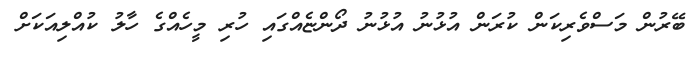
ބޭރުން މަސްވެރިކަން ކުރަން އުޅުނު އުޅުނު ދޯންޏެއްގައި ހުރި މީހެއްގެ ހާލު ކުއްލިއަަކަށް